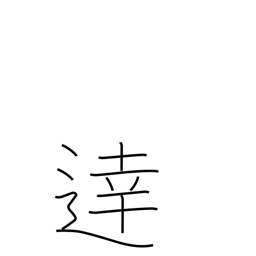
Meaning: intelligent